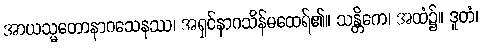
အာယသ္မတောနာဂသေနဿ၊ အရှင်နာဂသိန်မထေရ်၏။ သန္တိကေ၊ အထံ၌။ ဒူတံ၊